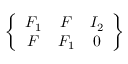
\left\{ \begin{array} { c c c } { F _ { 1 } } & { F } & { I _ { 2 } } \\ { F } & { F _ { 1 } } & { 0 } \end{array} \right\}